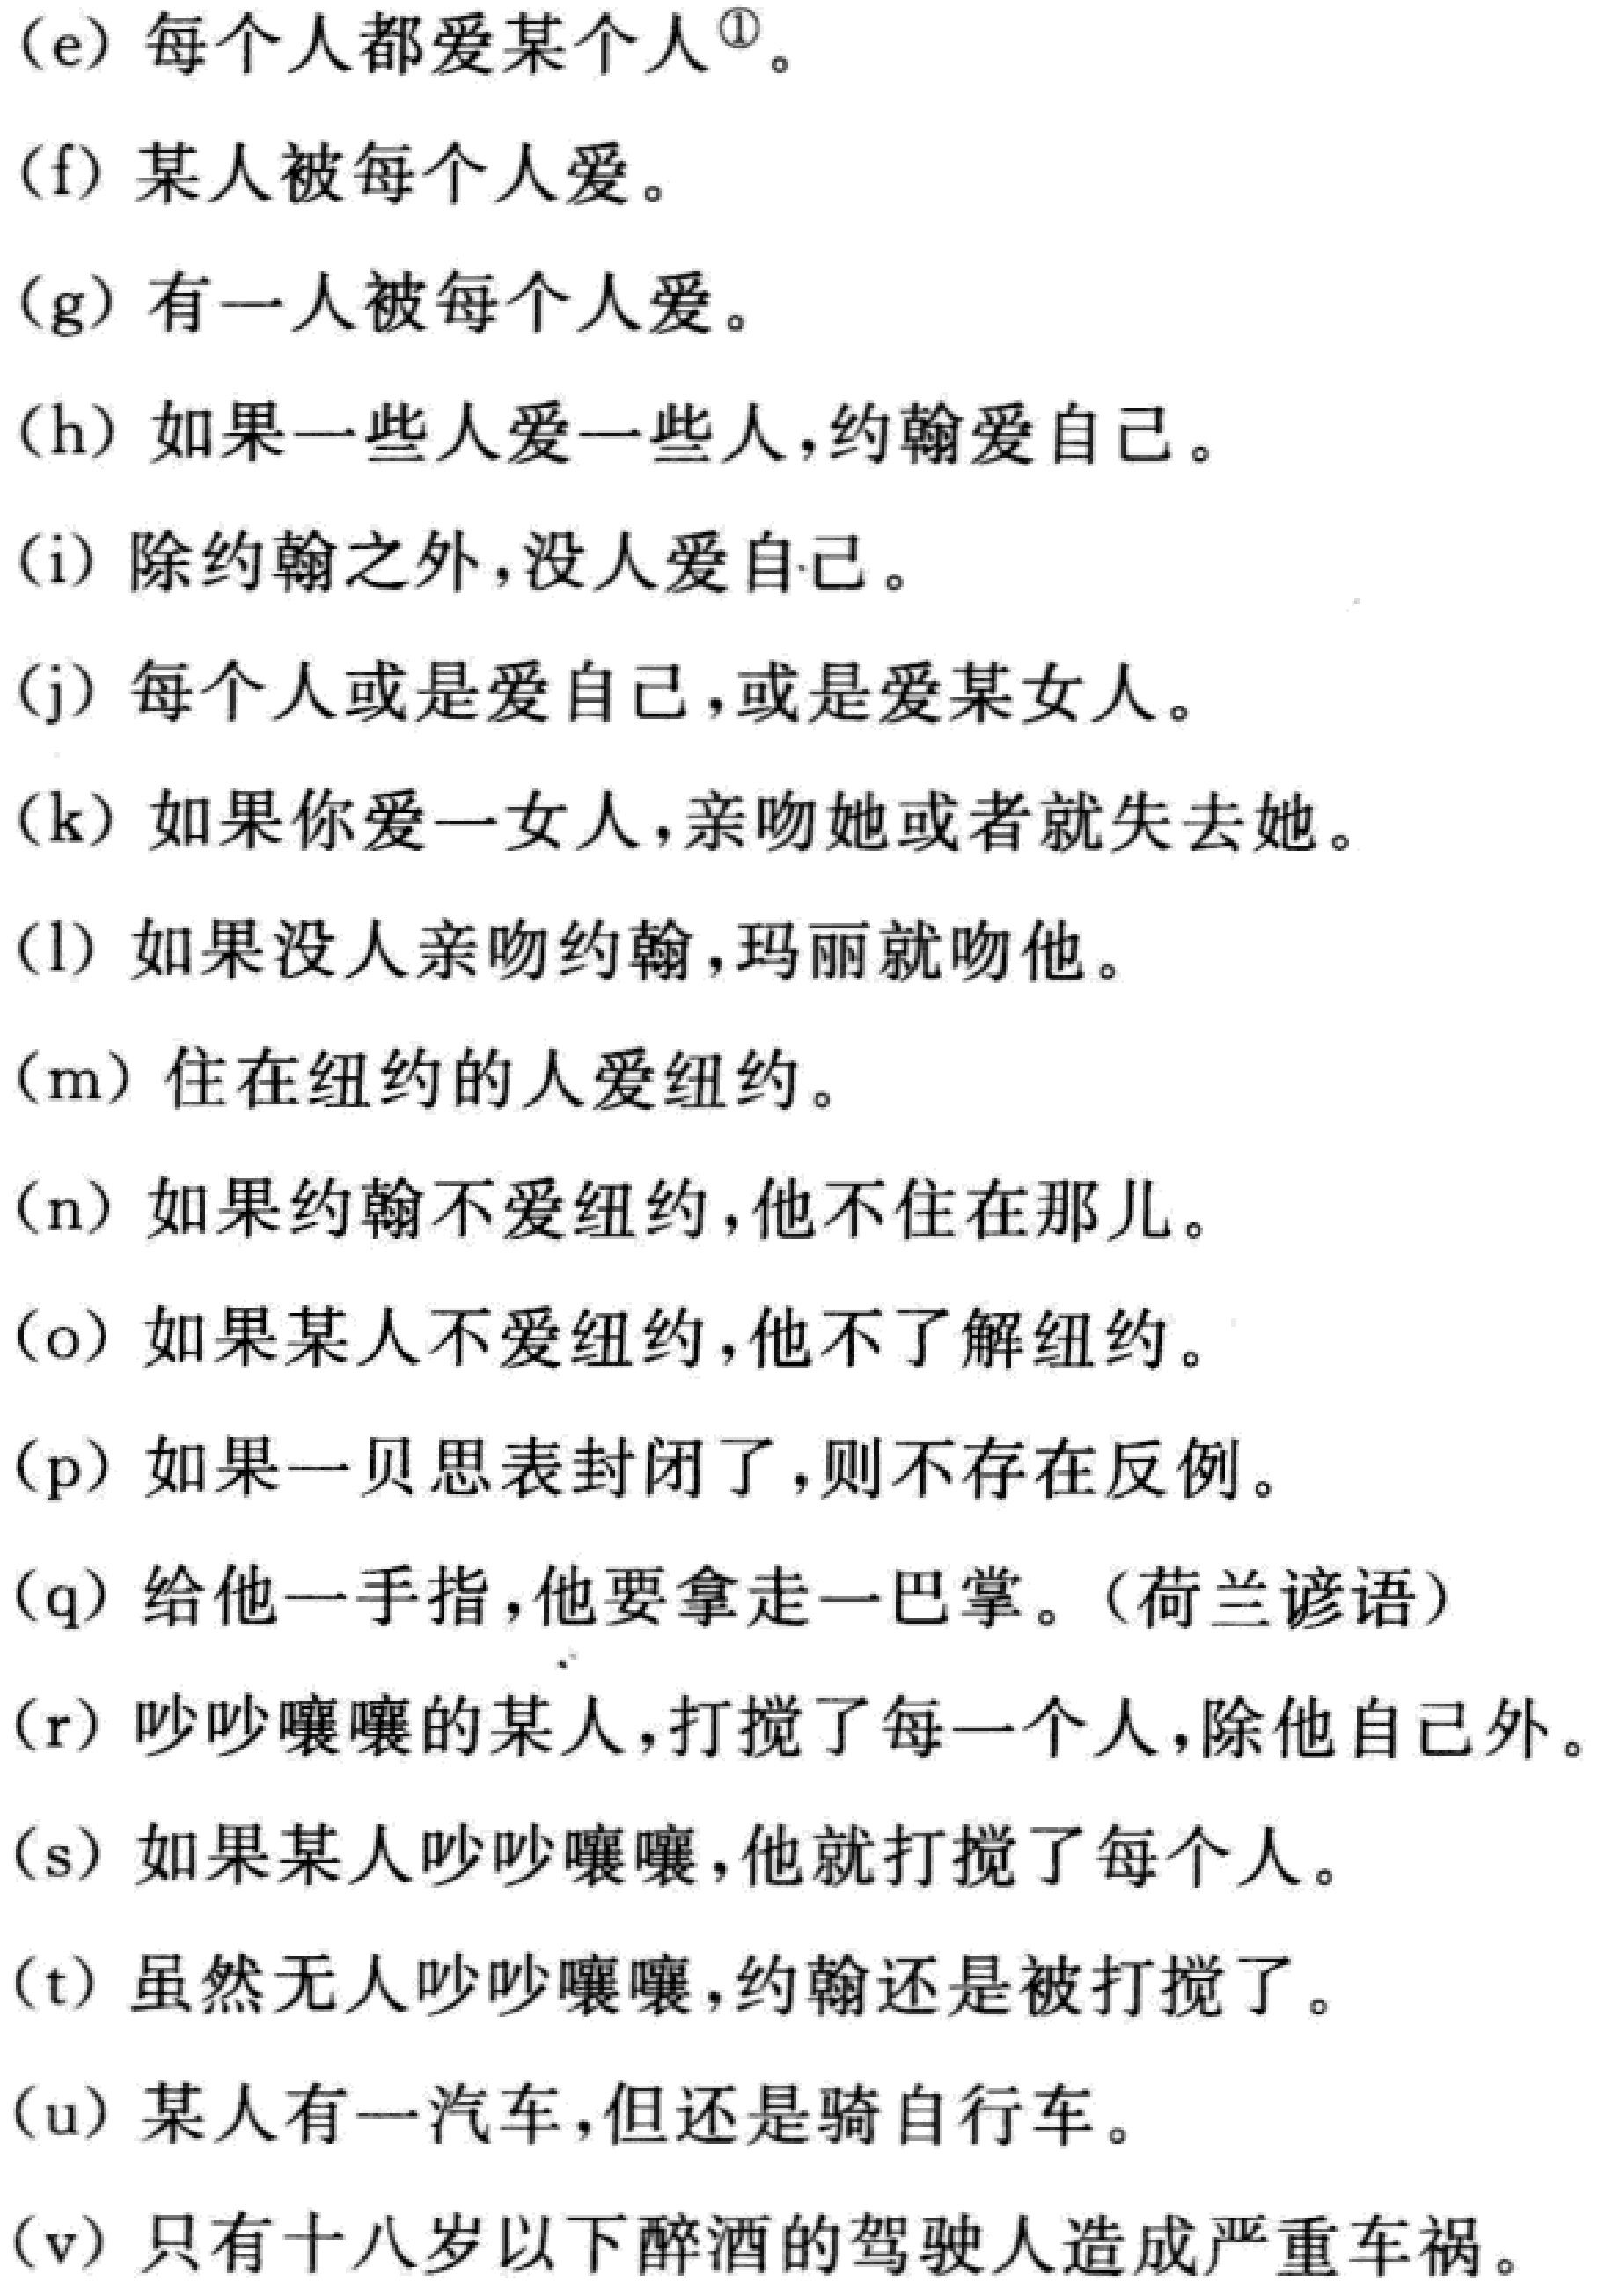
(e) 每个人都爱某个人<sup>\textcircled{1}</sup>。

(f) 某人被每个人爱。

(g) 有一人被每个人爱。

(h) 如果一些人爱一些人，约翰爱自己。

(i) 除约翰之外，没人爱自己。

(j) 每个人或是爱自己，或是爱某女人。

(k) 如果你爱一女人，亲吻她或者就失去她。

(l) 如果没人亲吻约翰，玛丽就吻他。

(m) 住在纽约的人爱纽约。

(n) 如果约翰不爱纽约，他不住在那儿。

(o) 如果某人不爱纽约，他不了解纽约。

(p) 如果一贝思表封闭了，则不存在反例。

(q) 给他一手指，他要拿走一巴掌。(荷兰谚语)

(r) 吵吵嚷嚷的某人，打搅了每一个人，除他自己外。

(s) 如果某人吵吵嚷嚷，他就打搅了每个人。

(t) 虽然无人吵吵嚷嚷，约翰还是被打搅了。

(u) 某人有一汽车，但还是骑自行车。

(v) 只有十八岁以下醉酒的驾驶人造成严重车祸。